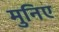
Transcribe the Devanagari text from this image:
मुनिए